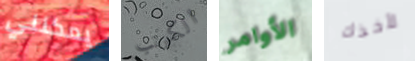
يمكنني الكرنب الأوامر لأخذك